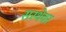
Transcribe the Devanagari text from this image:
सस्थेवर